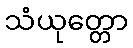
သံယုတ္တော